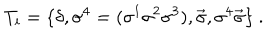
T _ { i } = \{ \delta , \sigma ^ { 4 } = ( \sigma ^ { 1 } \sigma ^ { 2 } \sigma ^ { 3 } ) , { \vec { \sigma } } , \sigma ^ { 4 } { \vec { \sigma } } \} \ .